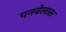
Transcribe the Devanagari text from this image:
पनवेलास